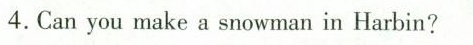
4.Can you make a snowman in Harbin?